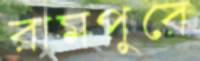
রামপুরে